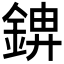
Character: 𮢋